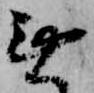
無